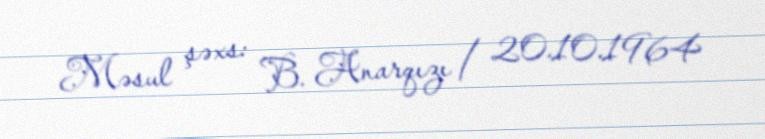
Məsul şəxs: B. Anarqızı / 20.10.1964